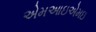
એમઆઇએમઇ